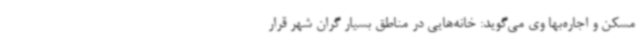
مسکن و اجاره‌بها وی می‌گوید: خانه‌هایی در مناطق بسیار گران شهر قرار